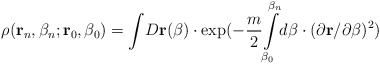
\begin{align*}\rho ({\bf r}_n,\beta _n;{\bf r}_0,\beta _0)={\int }D{\bf r}(\beta )\cdot\exp (-\frac m2{\int\limits_{\beta _0}^{\beta _n}}d\beta \cdot (\partial {\bf r}/\partial \beta )^2)\end{align*}